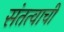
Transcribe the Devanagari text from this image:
संतत्वाची